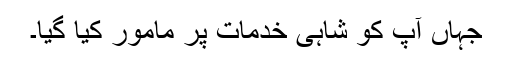
جہاں آپ کو شاہی خدمات پر مامور کیا گیا۔